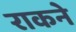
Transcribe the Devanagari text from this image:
राकने